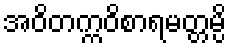
အဝိတက္ကဝိစာရမတ္တမ္ပိ